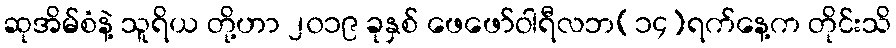
ဆုအိမ်စံနဲ့ သူရိယ တို့ဟာ ၂၀၁၉ ခုနှစ် ဖေဖော်ဝါရီလဘ(၁၄)ရက်နေ့က တိုင်းသိ